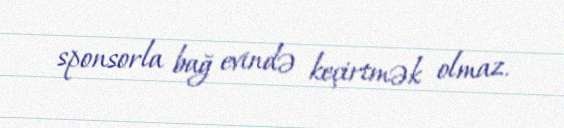
sponsorla bağ evində keçirtmək olmaz.